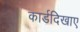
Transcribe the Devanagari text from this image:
कार्डदिखाए